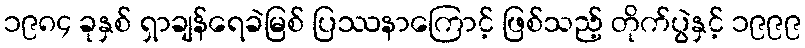
၁၉၈၄ ခုနှစ် ရှာချန်ရေခဲမြစ် ပြဿနာကြောင့် ဖြစ်သည့် တိုက်ပွဲနှင့် ၁၉၉၉